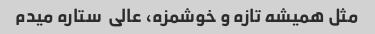
مثل همیشه تازه و خوشمزه، عالی  ستاره میدم